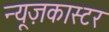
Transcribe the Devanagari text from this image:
न्यूज़कास्टर